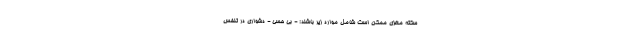
سکته مغزی ممکن است شامل موارد زیر باشند: - بی حسی - دشواری در تنفس